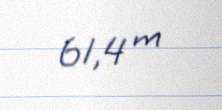
61,4 m